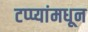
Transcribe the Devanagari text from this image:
टप्प्यांमधून